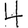
Digit: 4